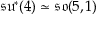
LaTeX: { \mathfrak { s u } } ^ { * } ( 4 ) \simeq { \mathfrak { s o } } ( 5 , 1 )